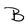
Character: B